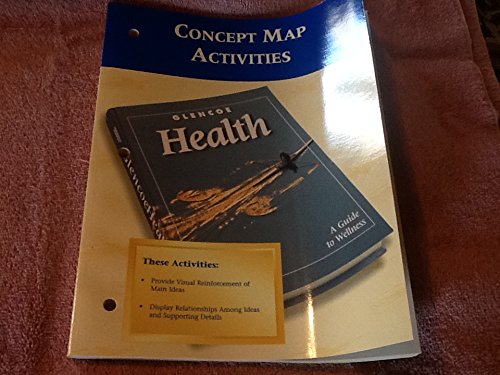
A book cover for Glencoe Health Concept Map Activities; Health, Fitness & Dieting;